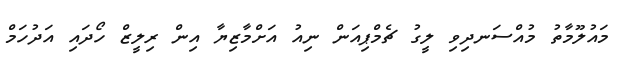
މައުލޫމާތު މުއްސަނދިވި ލީގު ޗެމްޕިއަން ނިއު އަށްމާޒިޔާ އިން ރިލީޒް ހޯދައި އަދުހަމް